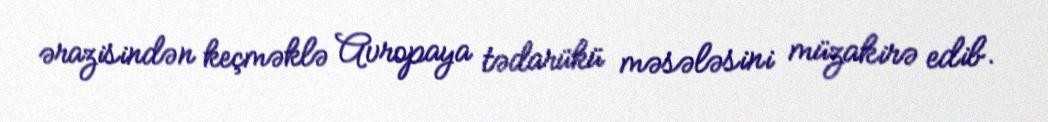
ərazisindən keçməklə Avropaya tədarükü məsələsini müzakirə edib.